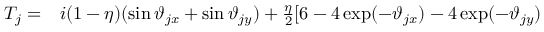
\begin{array} { r l } { T _ { j } = } & { { } i ( 1 - \eta ) ( \sin \vartheta _ { j x } + \sin \vartheta _ { j y } ) + \frac { \eta } { 2 } [ 6 - 4 \exp ( - \vartheta _ { j x } ) - 4 \exp ( - \vartheta _ { j y } ) } \end{array}